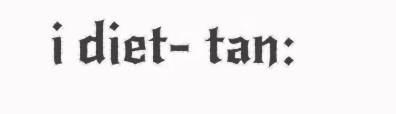
i diet- tan: